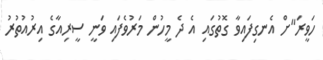
ހަވީރަ"ށް އެނގިފައިވާ ގޮތުގައި އެ ދެ މީހުން މަރުވެފައި ވަނީ ސީރިއާގެ އިރުއުތުރު